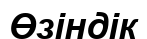
Өзіндік